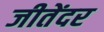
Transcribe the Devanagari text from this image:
जीतेंदर